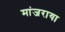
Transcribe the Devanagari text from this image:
मांजराया